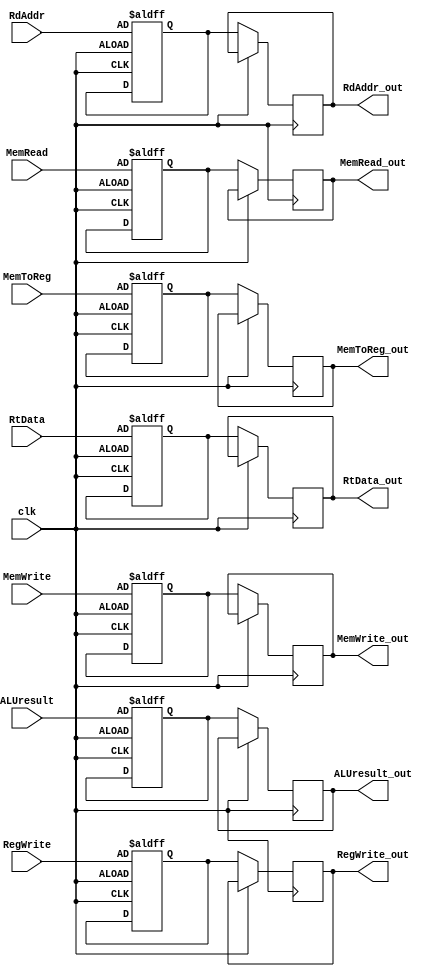
module EX_MEM (
    output reg RegWrite_out,
    output reg MemWrite_out,
    output reg MemRead_out,
    output reg MemToReg_out,
    input RegWrite,
    input MemWrite,
    input MemRead,
    input MemToReg,
    output reg [31:0] ALUresult_out,
    output reg [31:0] RtData_out,
    output reg [4:0] RdAddr_out,
    input [31:0] ALUresult,
    input [31:0] RtData,
    input [4:0] RdAddr,
    input clk
);
    reg RegWrite_reg;
    reg MemWrite_reg;
    reg MemRead_reg;
    reg MemToReg_reg;
    reg [31:0] ALUresult_reg;
    reg [31:0] RtData_reg;
    reg [4:0] RdAddr_reg;

    always @(posedge clk or negedge clk) begin
        if (clk == 1) begin
            RegWrite_reg = RegWrite;
            MemWrite_reg = MemWrite;
            MemRead_reg = MemRead;
            MemToReg_reg = MemToReg;
            ALUresult_reg = ALUresult;
            RtData_reg = RtData;
            RdAddr_reg = RdAddr;
        end
        else begin
            RegWrite_out = RegWrite_reg;
            MemWrite_out = MemWrite_reg;
            MemRead_out = MemRead_reg;
            MemToReg_out = MemToReg_reg;
            ALUresult_out = ALUresult_reg;
            RtData_out = RtData_reg;
            RdAddr_out = RdAddr_reg;
        end
    end
endmodule